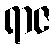
ရာဇ